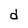
Character: d